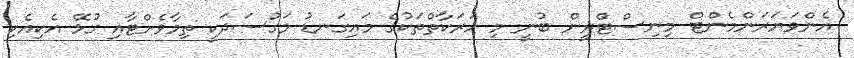
އެންވަޔަރަންމެންޓް މިނިސްޓްރީން ބުނީ މި ހަރަކާތްތަކުގެ މައިގަނޑު މަގުސަދަކީ ތިމާވެށްޓާއި ގުޅޭ އެކިއެކި